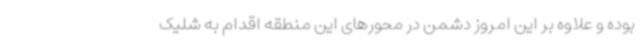
بوده و علاوه بر این امروز دشمن در محورهای این منطقه اقدام به شلیک